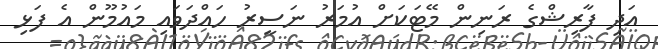
އަދި ފާރިޝްގެ ރަނިން މޭޓަކަށް އުމަރު ނަސީރު ހައްދަވައި މައުމޫން އެ ފަޅި